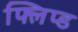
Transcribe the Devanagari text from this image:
फ्लिप्ड